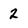
Character: 2